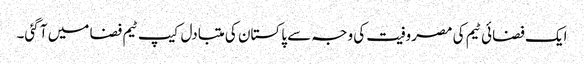
ایک فضائی ٹیم کی مصروفیت کی وجہ سے پاکستان کی متبادل کیپ ٹیم فضا میں آ گئی۔